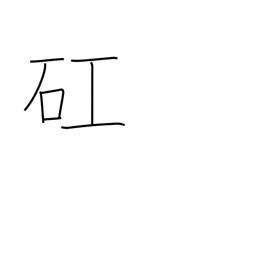
Meaning: serious minded